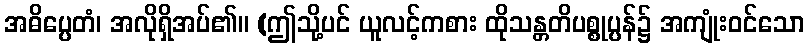
အဓိပ္ပေတံ၊ အလိုရှိအပ်၏။ (ဤသို့ပင် ယူလင့်ကစား ထိုသန္တတိပစ္စုပ္ပန်၌ အကျုံးဝင်သော